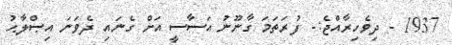
1937 - ދިވެހިރާއްޖެ:- ފުރަތަމަ ގާނޫނު އަސާސީ އަށް ގެނައި ދެވަނަ އިޞްލާޙު